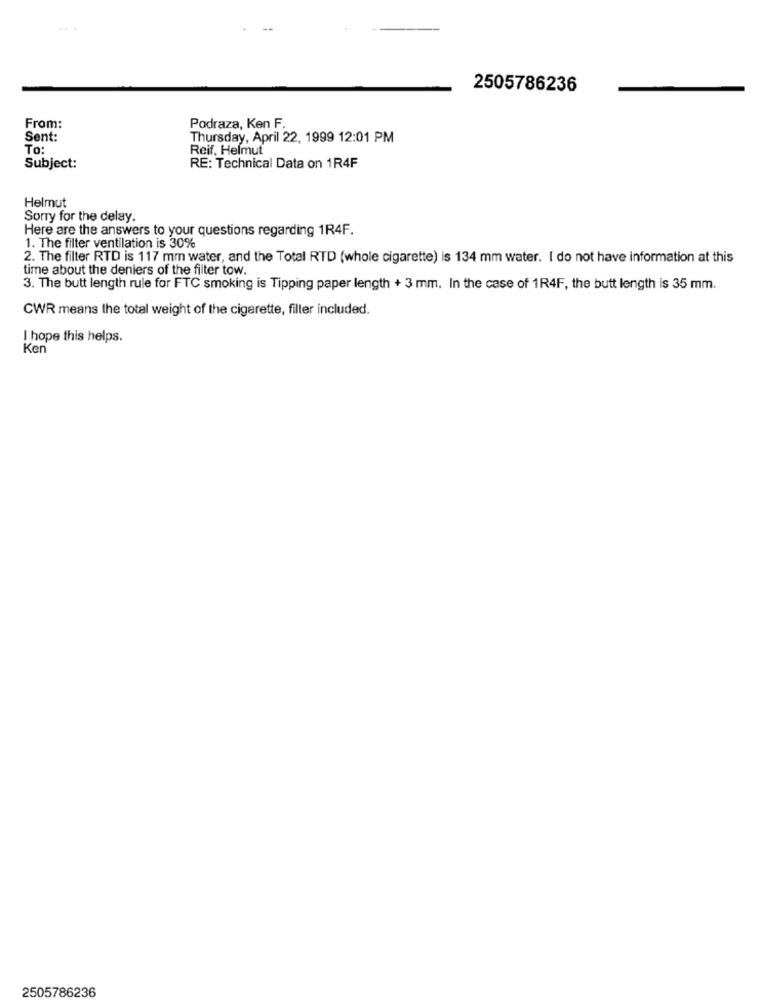
2505786236
From:
Podraza, Ken F.
Sent:
Thursday, April 22, 1999 12:01 PM
To:
Reif, Helmut
Subject:
RE: Technical Data on 1R4F
Helmut
Sorry for the delay.
Here are the answers to your questions regarding 1R4F.
1. The filter ventilation is 30%
2. The filter RTD is 117 mm water, and the Total RTD (whole cigarette) is 134 mm water. I do not have information at this
time about the deniers of the filter tow.
3. The butt length rule for FTC smoking is Tipping paper length + 3 mm. In the case of 1R4F, the butt length is 35 mm.
CWR means the total weight of the cigarette, filter included.
I hope this helps.
Ker
2505786236